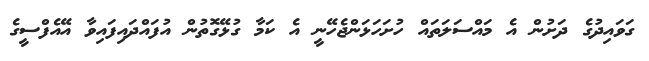
ގަވައިދުގެ ދަށުން އެ މައްސަލަތައް ހުށަހަޅަންޖެހޭނީ އެ ކަމާ ގުޅޭގޮތުން އުފައްދައިފައިވާ އޭއެފްސީގެ